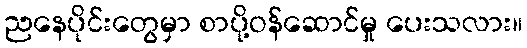
ညနေပိုင်းတွေမှာ စာပို့ဝန်ဆောင်မှု ပေးသလား။